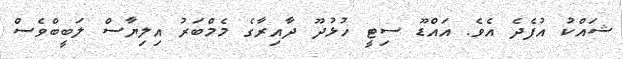
ޝައްކު އުފެދެ އެވެ. އައްޑޫ ސިޓީ ހުޅުދޫ ދާއިރާގެ މެމްބަރު އިލިޔާސް ލަބީބްވެސް